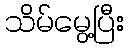
သိမ်မွေ့ပြီး